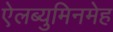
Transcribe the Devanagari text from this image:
ऐलब्युमिनमेह